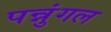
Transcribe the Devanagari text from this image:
पन्नुंगल